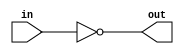
module NOT(out,in);
output out;
input in;
nand(out,in,in);
endmodule